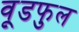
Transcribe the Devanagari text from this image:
वूडफुल